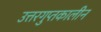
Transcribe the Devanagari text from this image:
उत्तरगुप्तकालीन